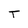
Character: T